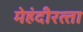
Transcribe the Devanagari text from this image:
मेहंदीरत्‍ता